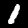
Digit: 1